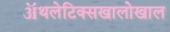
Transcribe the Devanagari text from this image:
ॲथलेटिक्सखालोखाल